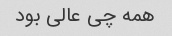
همه چی عالی بود